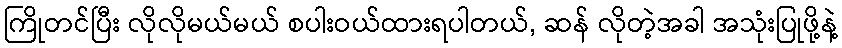
ကြိုတင်ပြီး လိုလိုမယ်မယ် စပါးဝယ်ထားရပါတယ်, ဆန် လိုတဲ့အခါ အသုံးပြုဖို့နဲ့